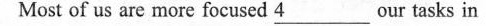
Most of us are more focused \underline{4} our tasks in